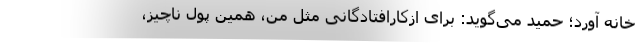
خانه آورد؛ حمید می‌گوید: برای ازکارافتادگانی مثل من، همین پول ناچیز،